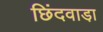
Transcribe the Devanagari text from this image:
छिंदवाडा़